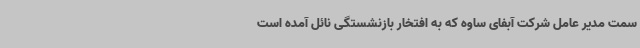
سمت مدیر عامل شرکت آبفای ساوه که به افتخار بازنشستگی نائل آمده است